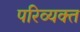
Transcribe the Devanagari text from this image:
परिव्यक्त